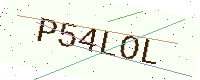
Text: P54LOL